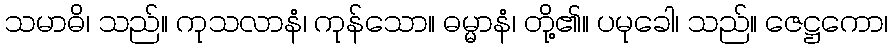
သမာဓိ၊ သည်။ ကုသလာနံ၊ ကုန်သော။ ဓမ္မာနံ၊ တို့၏။ ပမုခေါ၊ သည်။ ဇေဋ္ဌကော၊